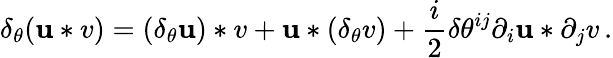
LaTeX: \delta_{\theta}(\mathbf{u}*v)=(\delta_{\theta}\mathbf{u})*v+\mathbf{u}*(\delta_{\theta}v)+\frac{i}{2}\delta\theta^{ij}\partial_{i}\mathbf{u}*\partial_{j}v\, .